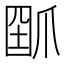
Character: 𤔗